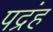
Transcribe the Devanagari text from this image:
पद्रंह